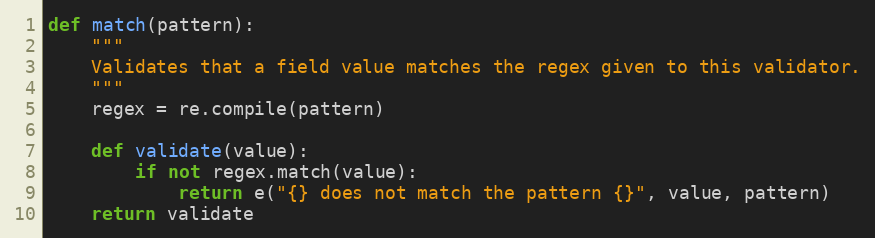
Language: Python
def match(pattern):
    """
    Validates that a field value matches the regex given to this validator.
    """
    regex = re.compile(pattern)

    def validate(value):
        if not regex.match(value):
            return e("{} does not match the pattern {}", value, pattern)
    return validate